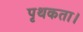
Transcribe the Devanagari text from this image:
पृथकता।